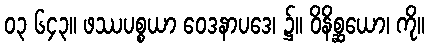
၀၃ ၆၄၃။ ဖဿပစ္စယာ ဝေဒနာပဒေ၊ ၌။ ဝိနိစ္ဆယော၊ ကို။